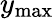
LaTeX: y_{\mathrm{max}}